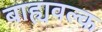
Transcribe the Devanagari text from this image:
बाह्यवल्क